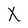
Character: X